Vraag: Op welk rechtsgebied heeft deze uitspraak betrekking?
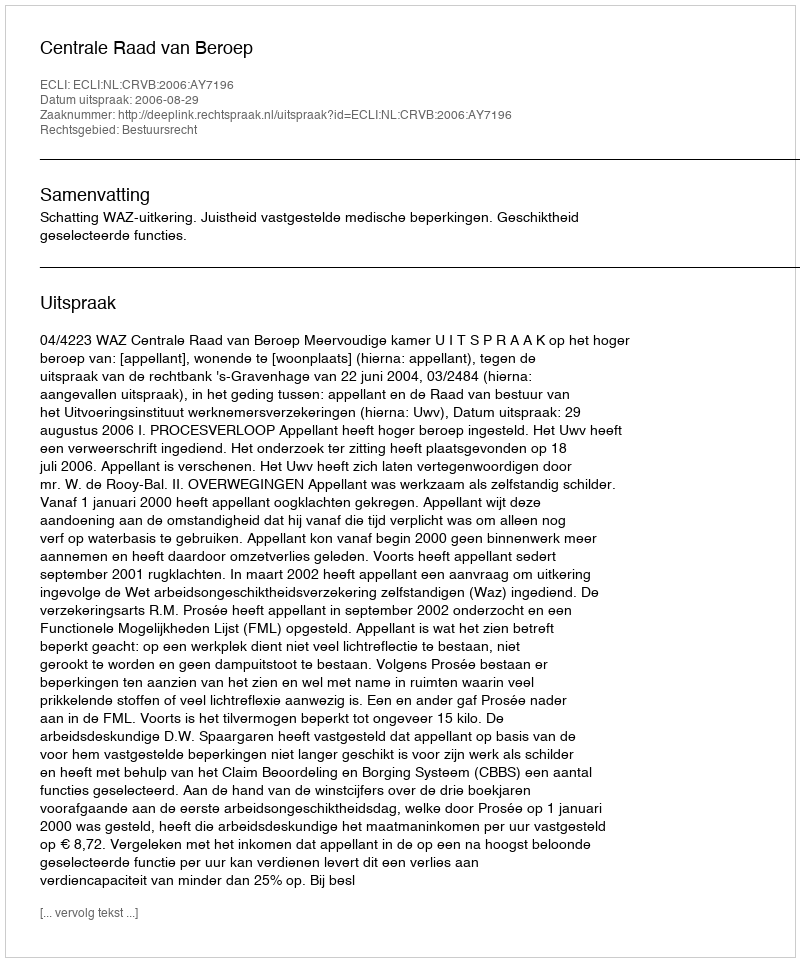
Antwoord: Bestuursrecht